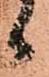
候